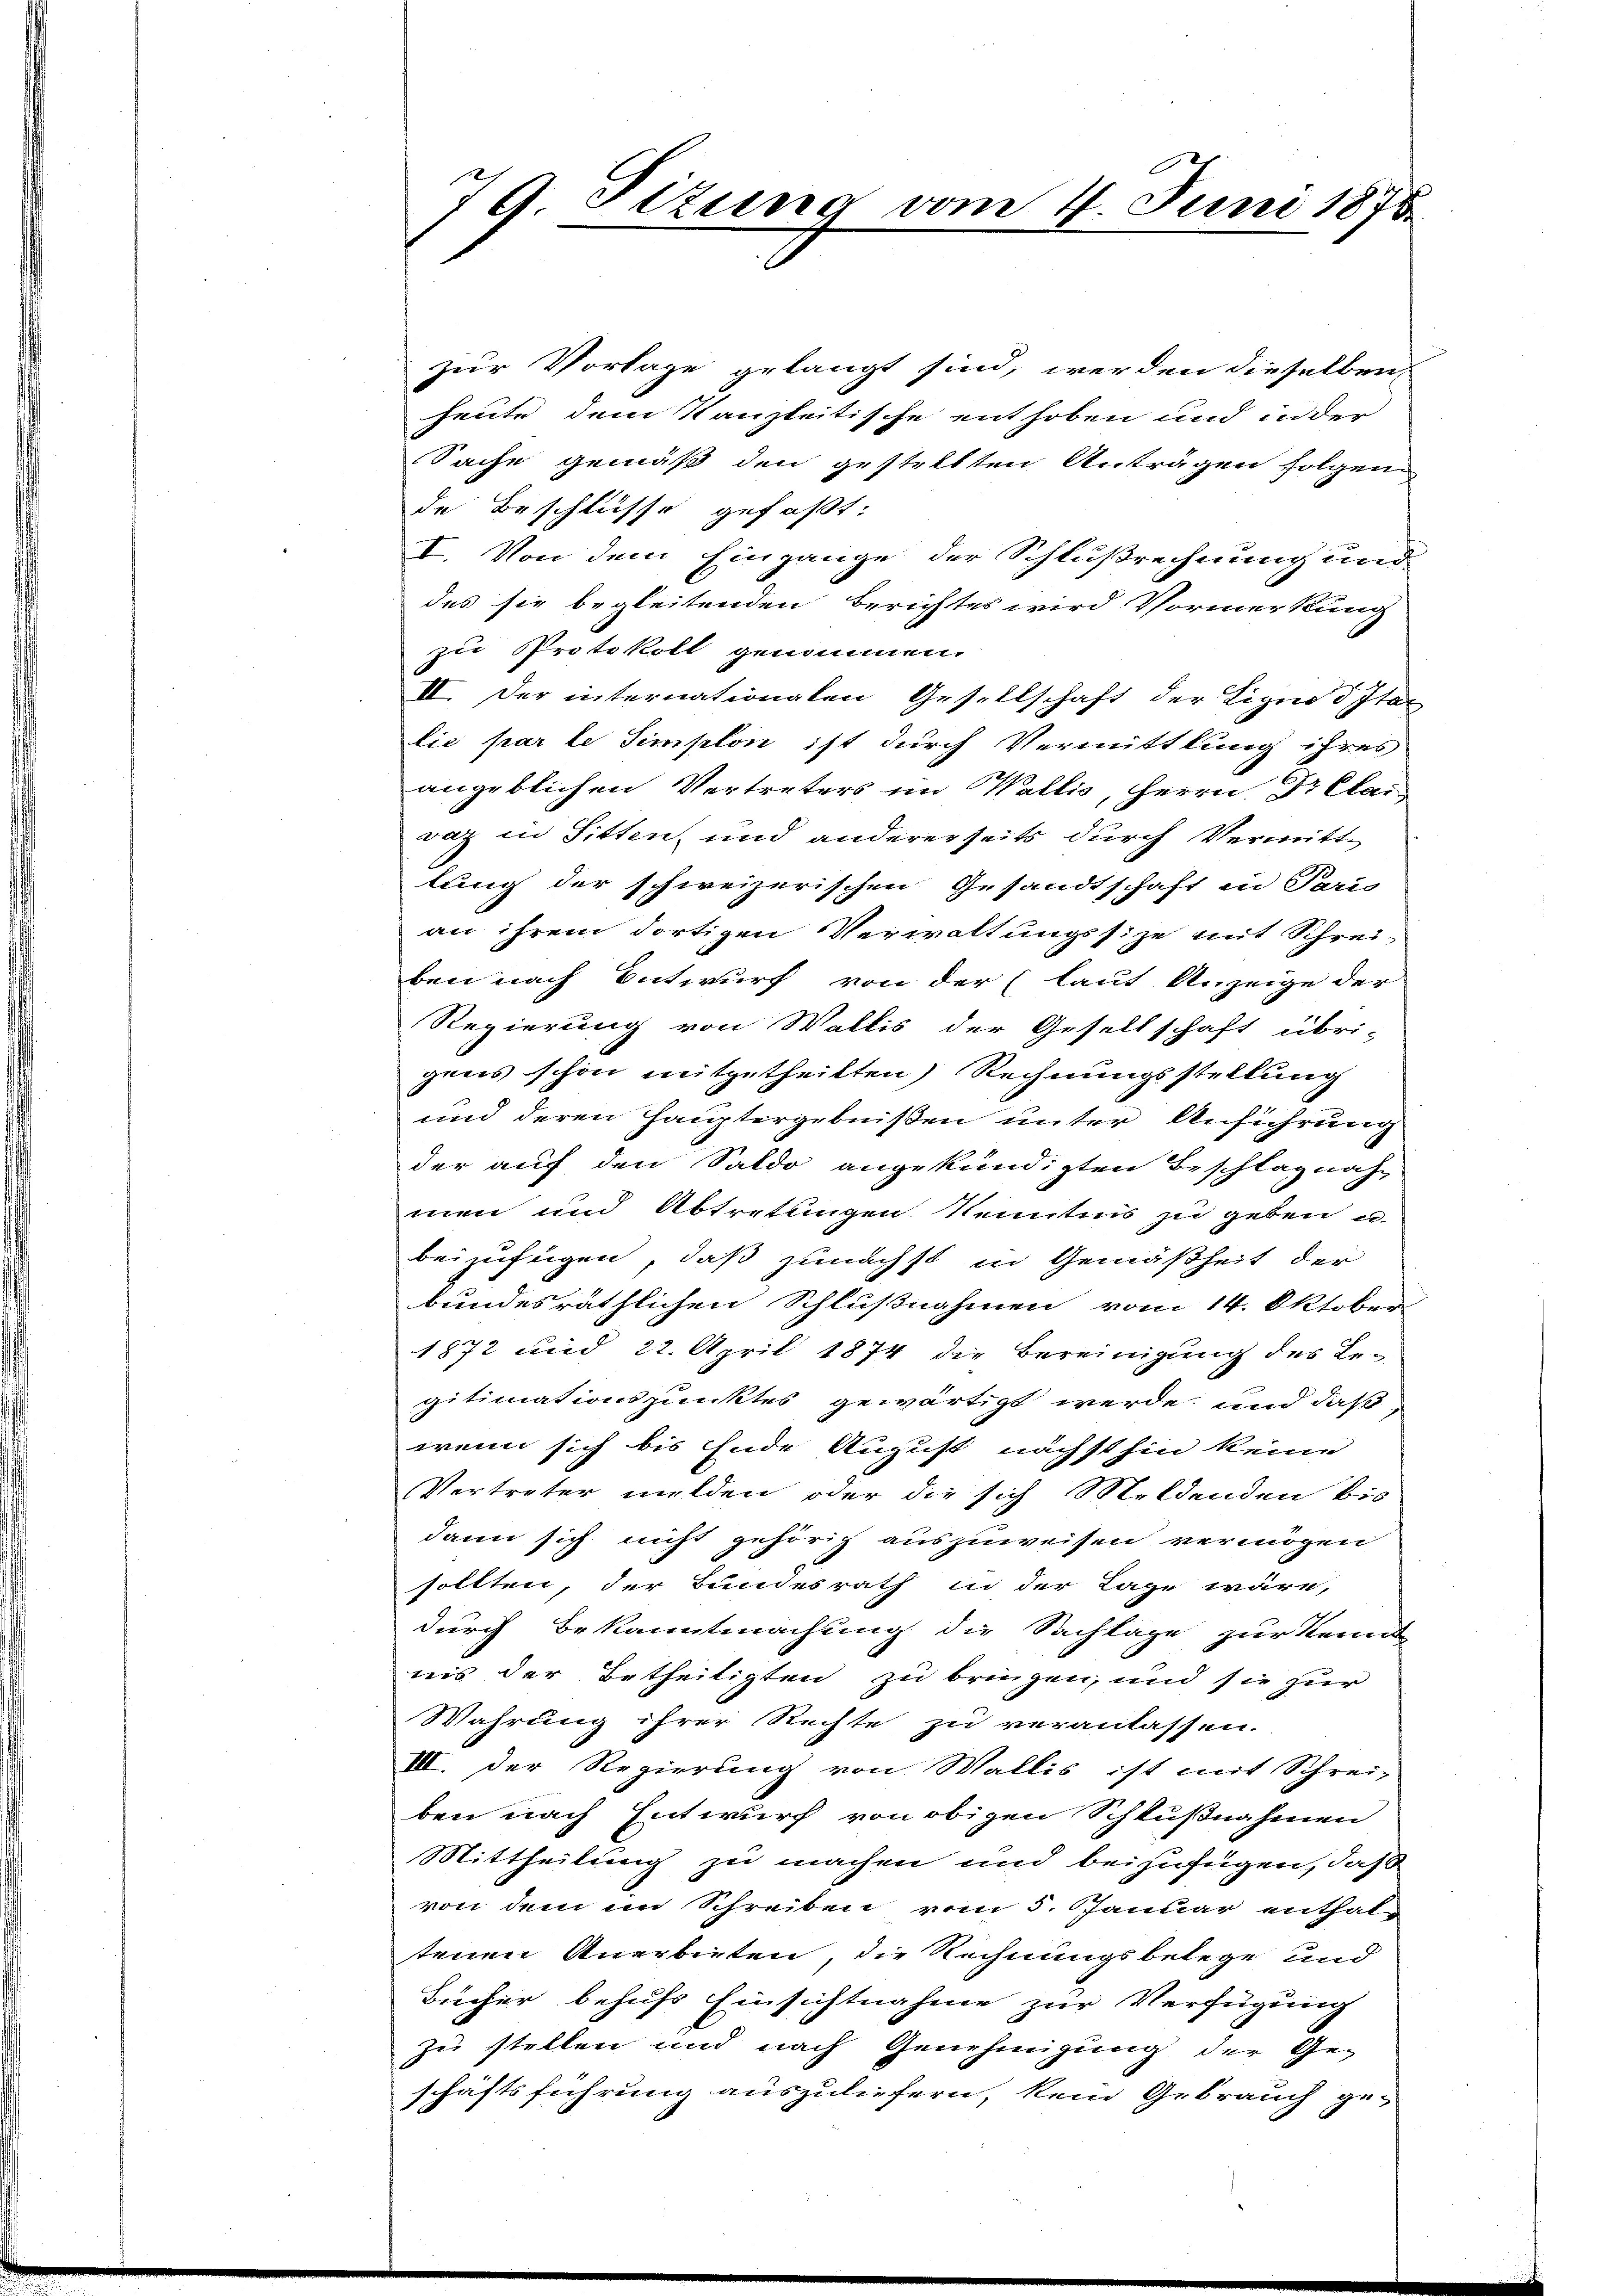
79 Tizung vom 4. Juni 1875

zur Vorlage gelangt sind, werden dieselben,
heute dem Kanzleitische enthoben und in der
Sache gemäß den gestellten Anträgen folgen.
de Beschlüsse gefaßt:
I. Von dem Eingange der Schlußrechnung und
des sie begleitenden Berichtes wird Vormerkung
zu Protokoll genommen.
II. Der internationalen Gesellschaft der Eignod Ita
lie par le Simplon ist durch Vermittlung ihres
angeblichen Vertreters im Wallis, Herrn Dr Clai
vaz in Sitten, und andererseits durch Vermittlung der schweizerischen Gesandtschaft in Paris
an ihrem dortigen Verwaltungssize mit Schrei-
ben nach Entwurf von der (laut Anzeige der
Regierung von Wallis der Gesellschaft übri-
gens schon mitgetheilten Rechnungsstellung
und deren Hauptergebnißen unter Anführung
der auf den Saldo angekündigten Beschlagnahmen und Abtretungen Kenntnis zu geben u.
beizufügen, daß zunächst in Gemäßheit der
bundesräthlichen Schlußnahmen vom 14. Oktober
1872 und 22. April 1874 die Bereinigung des Be-
gitimationspunktes gewärtigt werde, und daß
wenn sich bis Ende August nächsthin keine
Vertreter milden, oder die sich Meldenden bis
dann sich nicht gehörig auszuweisen vermögen
sollten, der Bundesrath in der Lage wäre,
durch Bekanntmachung die Sachlage zur Kennt
nis der Betheiligten zu bringen, und sie zur
Wahrung ihrer Rechte zu veranlassen.
III. Der Regierung von Wallis ist mit Schrei-
ben nach Entwurf von obigen Schlußnahmen
Mittheilung zu machen und beizufügen, daß
von dem im Schreiben vom 5. Januar enthaltenen Anerbieten, die Rechnungsbelege und
Bücher behufs Einsichtnahme zur Verfügung
zu stellen und nach Genehmigung der Ge-
schäftsführung auszuliefern, kein Gebrauch ge-